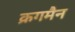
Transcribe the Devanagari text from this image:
क्रगमैन